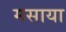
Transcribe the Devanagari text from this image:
मसाया